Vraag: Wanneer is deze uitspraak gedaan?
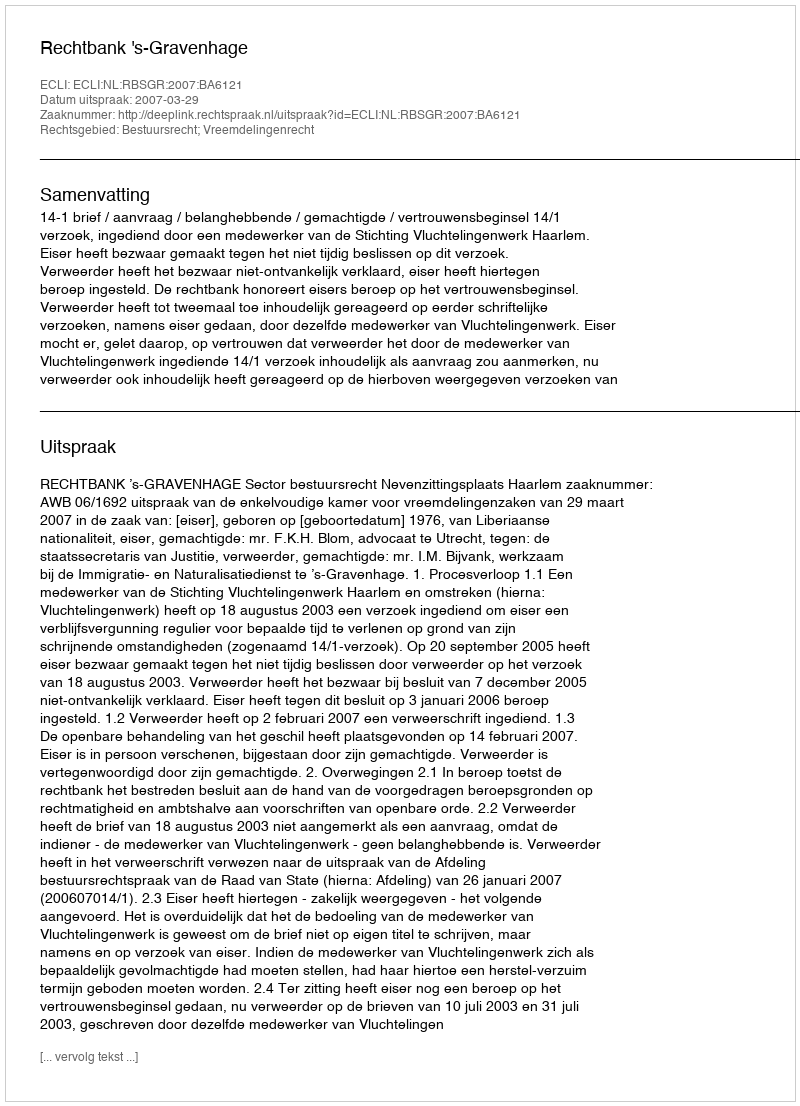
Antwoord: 2007-03-29